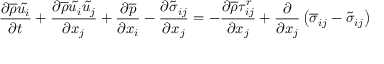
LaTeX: { \frac { \partial { \overline { { \rho } } } { \tilde { u _ { i } } } } { \partial t } } + { \frac { \partial { \overline { { \rho } } } { \tilde { u _ { i } } } { \tilde { u _ { j } } } } { \partial x _ { j } } } + { \frac { \partial { \overline { { p } } } } { \partial x _ { i } } } - { \frac { \partial { \tilde { \sigma } } _ { i j } } { \partial x _ { j } } } = - { \frac { \partial { \overline { { \rho } } } \tau _ { i j } ^ { r } } { \partial x _ { j } } } + { \frac { \partial } { \partial x _ { j } } } \left( { \overline { { \sigma } } } _ { i j } - { \tilde { \sigma } } _ { i j } \right)